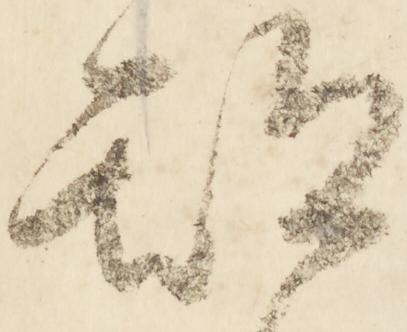
期